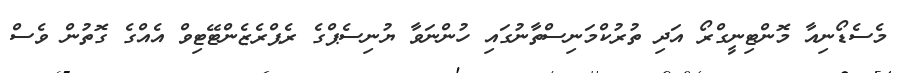
މެސެޑޯނިއާ މޮންޓިނީގްރޯ އަދި ތުރުކްމަނިސްތާނުގައި ހުންނަވާ ޔުނިސެޕްގެ ރެޕްރެޒެންޓޭޓިވް އެއްގެ ގޮތުން ވެސް